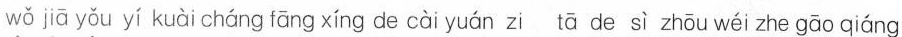
wǒ jiā yǒu yí kuài cháng fāng xíng de cài yuán zi tā de sì zhōu wéi zhe gāo qiáng